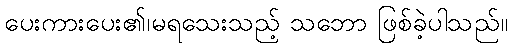
ပေးကားပေး၏၊မရသေးသည့် သဘော ဖြစ်ခဲ့ပါသည်။